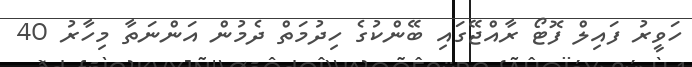
ހަވީރު ފައިލް ފޮޓޯ ރާއްޖޭގައި ބޭންކުގެ ހިދުމަތް ދެމުން އަންނަތާ މިހާރު 40